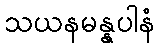
သယနမန္နပါနံ